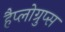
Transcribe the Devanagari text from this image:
हैप्लोग्रुप्स